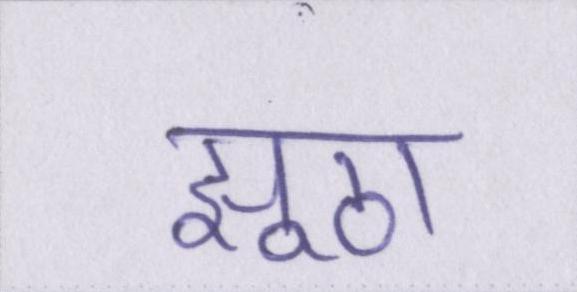
झूठा